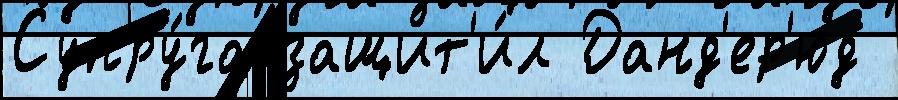
Супру́га защит'и́л Данд'ер'юд